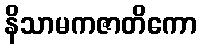
နိသာမကဇာတိကော